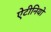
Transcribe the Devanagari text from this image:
ऐटीनियो